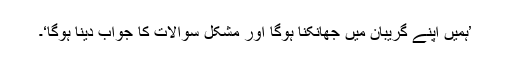
’ہمیں اپنے گریبان میں جھانکنا ہوگا اور مشکل سوالات کا جواب دینا ہوگا‘۔